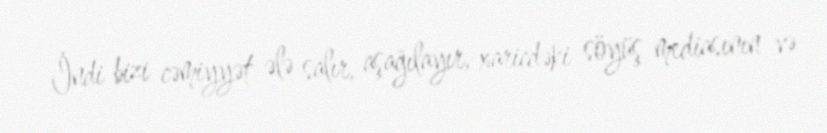
İndi bizi cəmiyyət ələ salır, aşağılayır, xaricdəki söyüş mediasının və